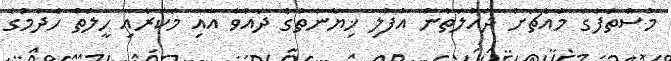
މުސްތަފާގެ މައްޗަށް ދައުލަތުން އުފުލި ޚިޔާނާތުގެ ދައުވާ އާއި މަކަރާއި ހީލަތް ހެދުމުގެ